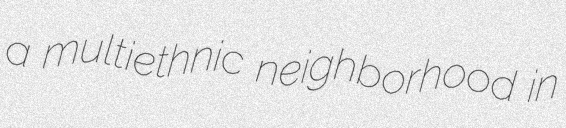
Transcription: a multiethnic neighborhood in